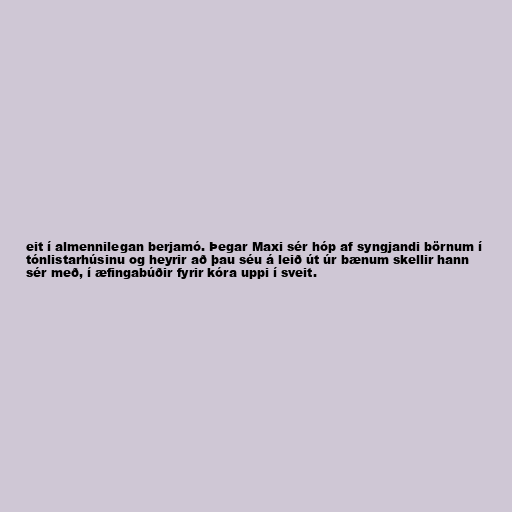
eit í almennilegan berjamó. Þegar Maxi sér hóp af syngjandi börnum í
tónlistarhúsinu og heyrir að þau séu á leið út úr bænum skellir hann
sér með, í æfingabúðir fyrir kóra uppi í sveit.